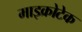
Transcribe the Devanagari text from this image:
माइक्रोटेक